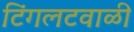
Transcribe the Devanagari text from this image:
टिंगलटवाळी